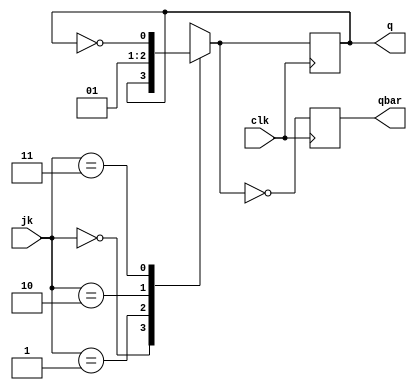
module jkff(jk,clk,q,qbar);
    input [1:0] jk;
    input clk;
    output q,qbar;
    reg q,qbar;

    always@(negedge clk)
    begin
    case(jk)
        2'b00:
            q= q;

        2'b01:
            q= 0;

        2'b10:
            q=1;

        2'b11:
            q= ~q;
    endcase

    qbar = ~q;
    
    end 
endmodule

module test;
    reg [1:0] jk;
    reg clk;
    integer i;
    wire q,qbar;
    jkff j1(jk,clk,q,qbar);
    initial 
    begin
    $display("jk flip flop");
    $monitor("%b  %b %b \t %b %b",jk[1],jk[1],jk[0],clk,q,qbar);
    $dumpfile("vcd/JKFlipFlop.vcd");
    $dumpvars(1,test);

        jk = 2'b00;
        #10

        jk = 2'b01;
        #10

        jk = 2'b10;
        #10

        jk = 2'b11;
        #10
    $finish;
    end
    initial
    begin
        clk = 0;
        for(i=0;i<20;i=i+1)
            #5 clk = ~clk;
    end 
endmodule